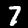
Digit: 7